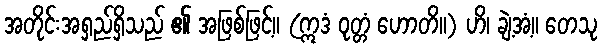
အတိုင်းအရှည်ရှိသည် ၏ အဖြစ်ဖြင့်။ (ဣဒံ ဝုတ္တံ ဟောတိ။) ဟိ၊ ချဲ့အံ့။ တေသု